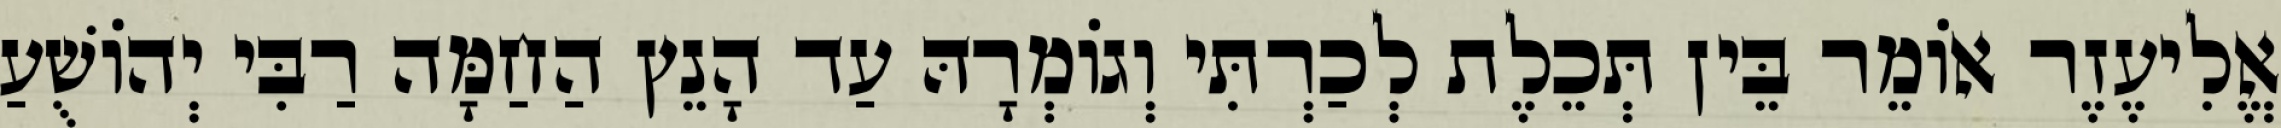
אֱלִיעֶזֶר אוֹמֵר בֵּין תְּכֵלֶת לְכַרְתִּי וְגוֹמְרָהּ עַד הָנֵץ הַחַמָּה רַבִּי יְהוֹשֻׁעַ